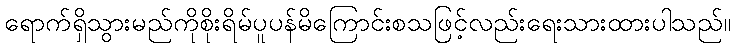
ရောက်ရှိသွားမည်ကိုစိုးရိမ်ပူပန်မိကြောင်းစသဖြင့်လည်းရေးသားထားပါသည်။